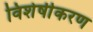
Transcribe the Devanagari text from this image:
विशेषीेकरण